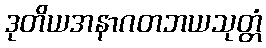
ဒုတိယအနာဂတဘယသုတ္တံ